Civil Veterinary Dept. North-West Frontier Province 1901-22 - 1901-1922
Year: 1901
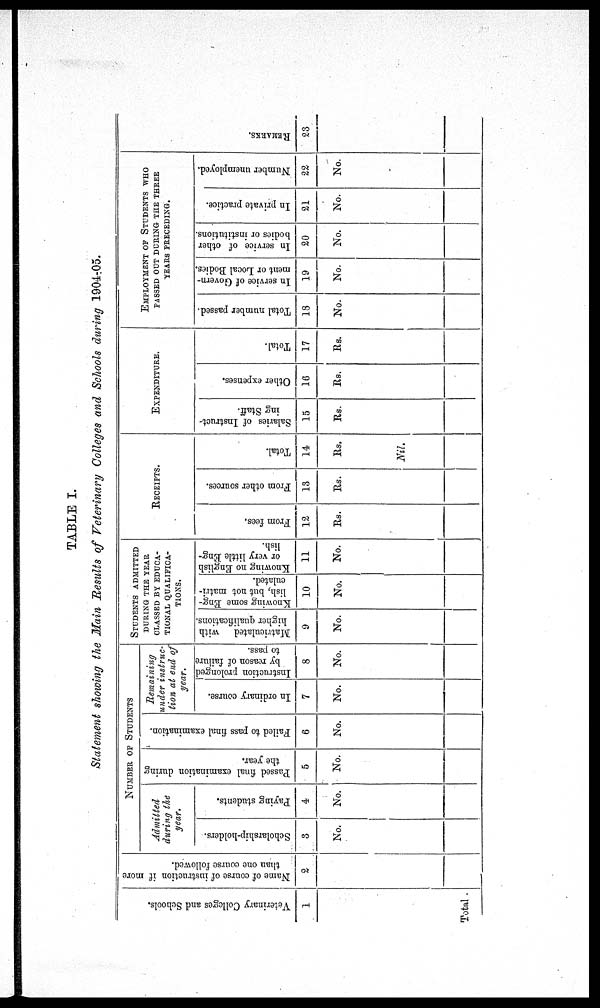
TABLE I.
Statement showing the Main Results of Veterinary Colleges and Schools during 1904-05.
Veterinary Colleges and Schools.
1
Total .
Name of course of instruction if more
than one course followed.
2
NUMBER OF STUDENTS
Admitted
during the
year.
Scholarship-holders.
3
No.
Paying students.
4
No.
Passed final examination during
the year.
5
No.
Failed to pass final examination.
6
No.
Remaining
under instruc-
tion at end of
year.
In ordinary course.
7
No.
Instruction prolonged
by reason of failure
to pass.
8
No.
STUDENT ADMITTED
DURING THE YEAR
CLASSED BY EDUCA-
TIONAL QULIFICA-
TIONS.
Matriculated
with
higher qualifications.
9
No.
Knowing some Eng-
lish, but not matri-
culated.
10
No.
Knowing no English
or very little Eng-
lish.
11
No.
RECEIPTS.
From fees.
12
Rs.
From other sources.
13
Rs.
Total.
14
Rs.
Nil.
EXPENDITURE.
Salaries of Instruct-
ing Staff.
15
Rs.
Other expenses.
16
Rs.
Total.
17
Rs.
EMPLOYMENT OF STUDENT WHO
PASSED OUT DURING THE THREE
YEARS PRECEDING.
Total number passed.
13
No.
In service of Govern-
ment or Local Bodies.
19
No.
In service of other
bodies or institutions.
20
No.
In private practice.
21
No.
Number unemployed.
22
No.
RE MARKS .
23